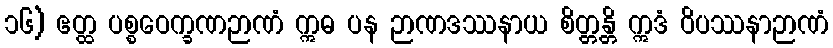
၁၆) ဧတ္ထ ပစ္စဝေက္ခဏဉာဏံ ဣဓ ပန ဉာဏဒဿနာယ စိတ္တန္တိ ဣဒံ ဝိပဿနာဉာဏံ